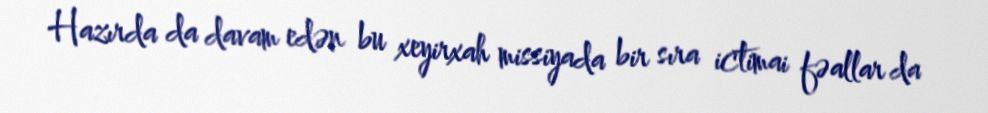
Hazırda da davam edən bu xeyirxah missiyada bir sıra ictimai fəallar da